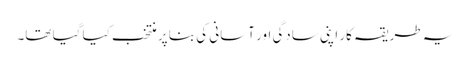
یہ طریقہ کار اپنی سادگی اور آسانی کی بنا پر منتخب کیا گیا تھا۔